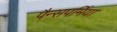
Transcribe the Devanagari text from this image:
पैन्सपर्मिया